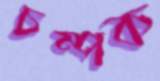
চম্পক